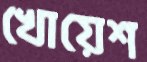
খোয়েশ